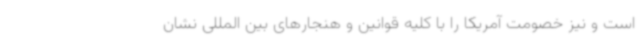
است و نیز خصومت آمریکا را با کلیه قوانین و هنجارهای بین المللی نشان